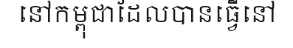
នៅកម្ពុជាដែលបានធ្វើនៅ